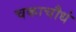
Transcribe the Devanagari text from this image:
चकाचौधं